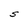
Character: S